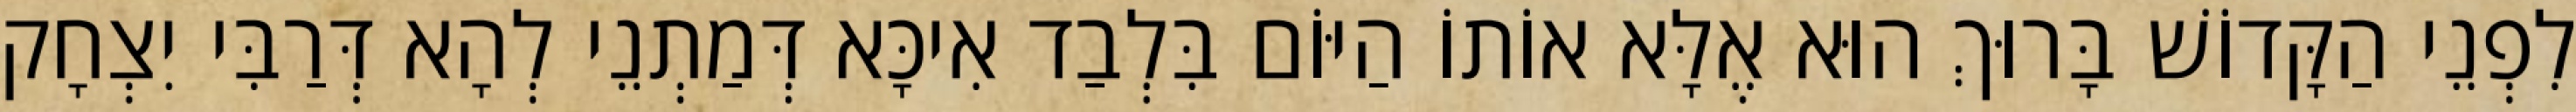
לִפְנֵי הַקָּדוֹשׁ בָּרוּךְ הוּא אֶלָּא אוֹתוֹ הַיּוֹם בִּלְבַד אִיכָּא דְּמַתְנֵי לְהָא דְּרַבִּי יִצְחָק